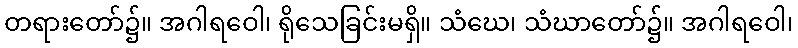
တရားတော်၌။ အဂါရဝေါ၊ ရိုသေခြင်းမရှိ။ သံဃေ၊ သံဃာတော်၌။ အဂါရဝေါ၊